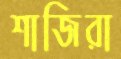
শাজিরা